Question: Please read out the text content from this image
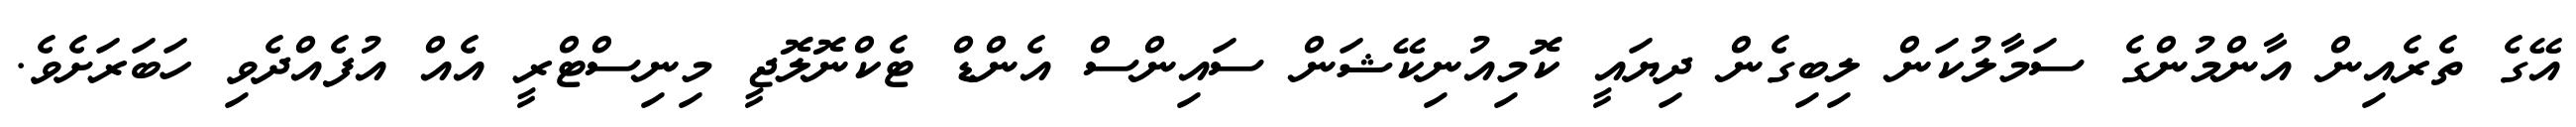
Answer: އޭގެ ތެރެއިން އާންމުންގެ ސަމާލުކަން ލިބިގެން ދިޔައީ ކޮމިއުނިކޭޝަން ސައިންސް އެންޑް ޓެކްނޮލޮޖީ މިނިސްޓްރީ އެއް އުފެއްދެވި ހަބަރަށެވެ.